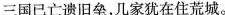
三国已亡遗旧垒，几家犹在住荒城